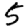
Digit: 5